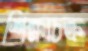
শিক্ষাচক্র